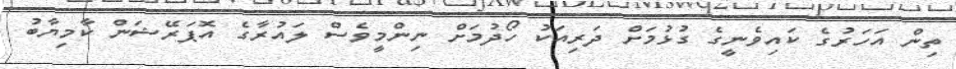
ތިން އަހަރުގެ ކައިވެނީގެ ގުޅުމަށް ދަރިއަކު ހޯދުމަށް ނިންމީވެސް ލައުރާގެ އޮޕަރޭޝަން ކާމިޔާބު